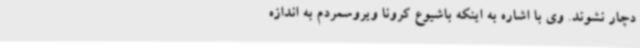
دچار نشوند. وی با اشاره به اینکه باشیوع کرونا ویروسمردم به اندازه